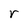
Character: r